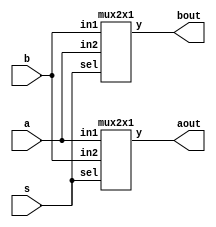
//Swap / Buffer Circuit

//Swap / Buffer circuit can be implemented by using a simple 2X1 Multiplexer.


// Code your design here
module swap_buffer(a,b,s,aout,bout);
input a,b,s;
output aout,bout;
  mux2x1 m1(.in1(a),.in2(b),.sel(s),.y(aout));
  mux2x1 m2(.in1(b),.in2(a),.sel(s),.y(bout));
endmodule

//mux2x1
module mux2x1(in1,in2,sel,y);
  input in1,in2,sel;
  output y;
  assign y=sel?in2:in1;
endmodule


//tb

// Code your testbench here
// or browse Examples
`timescale 1ns/1ns
module tb;
  reg a,b,s;
  wire aout,bout;
  integer i;
  swap_buffer ins1(a,b,s,aout,bout);
  
  initial
    begin
      $monitor("simtime=%0g,a=%b,b=%b,s=%b,aout=%b,bout=%b",$time,a,b,s,aout,bout);
      for(i=0;i<=7;i=i+1)
        begin
          {a,b,s}=$random;
          #5;
        end
      #5;
      $finish;
    end
endmodule

// EDAPlayground https://www.edaplayground.com/x/Tscf